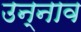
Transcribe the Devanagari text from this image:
उन्‍नाव